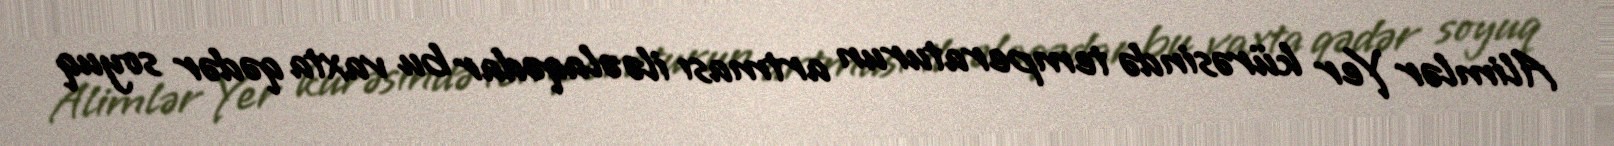
Alimlər Yer kürəsində temperaturun artması ilə əlaqədar bu vaxta qədər soyuq